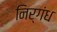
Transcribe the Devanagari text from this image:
निर्गंध